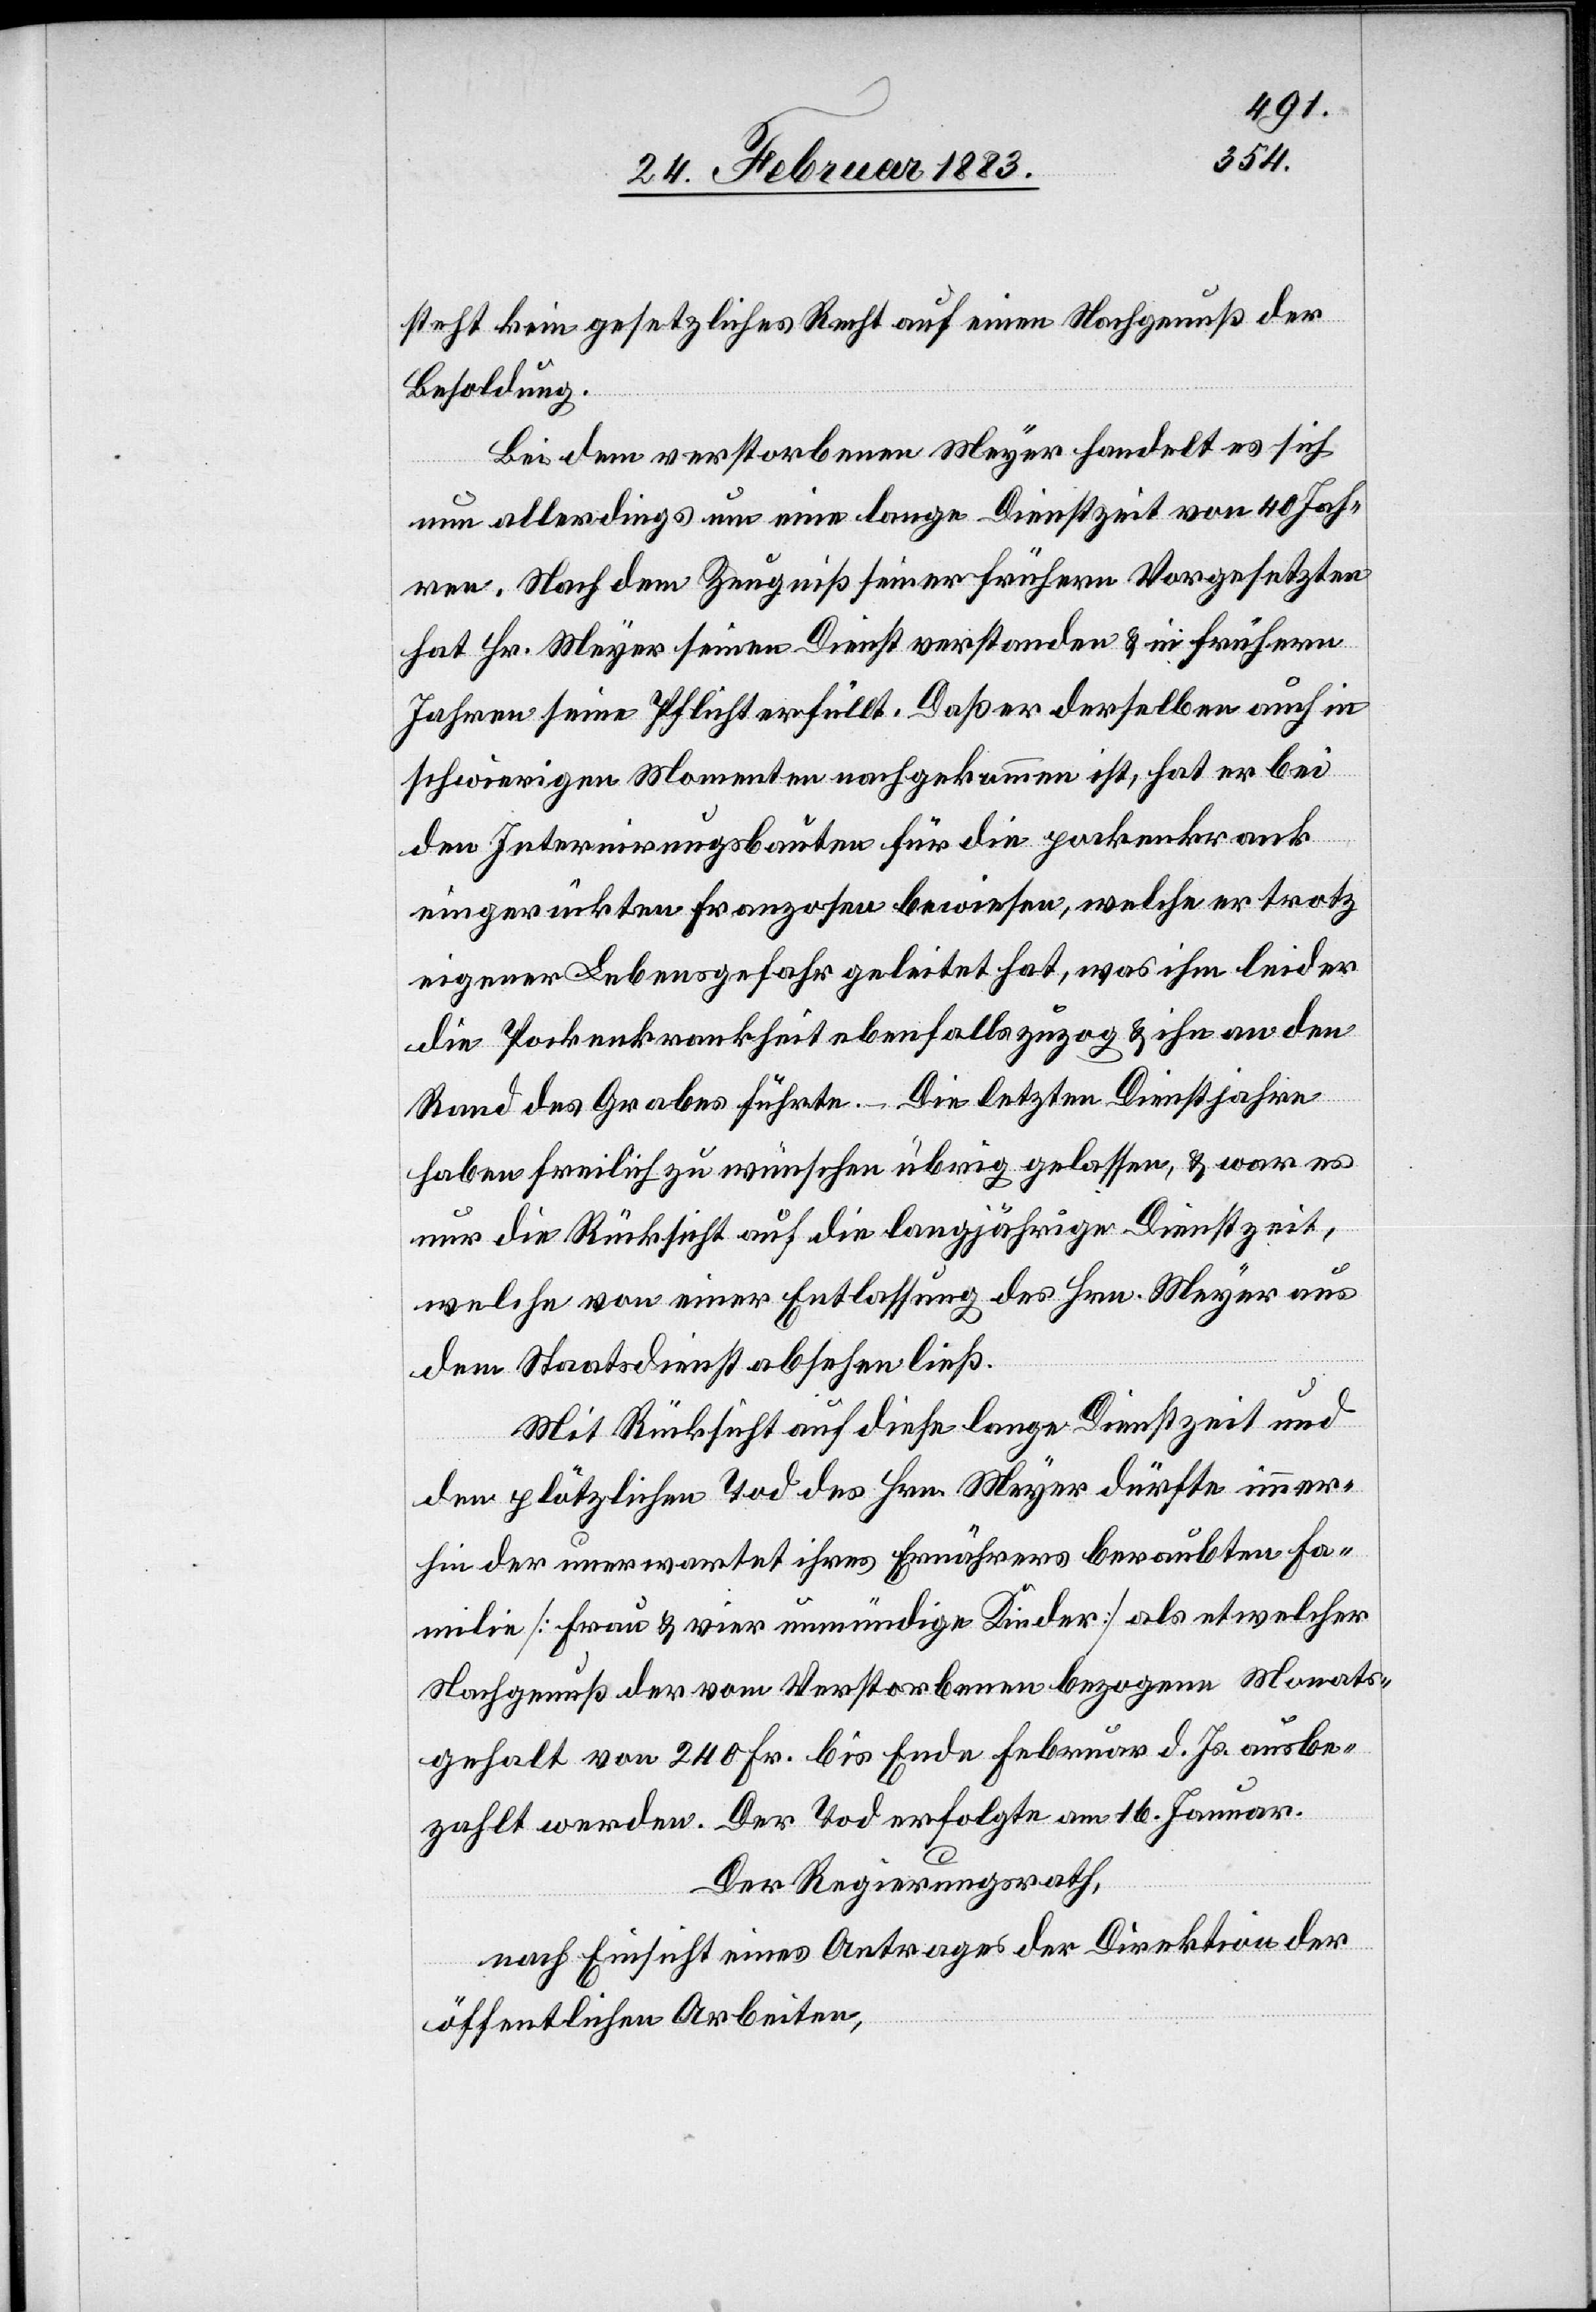
steht kein gesetzliches Recht auf einen Nachgenuß der
Besoldung.
Bei dem verstorbenen Meyer handelt es sich
nun allerdings um eine lange Dienstzeit von 40 Jah¬
ren. Nach dem Zeugniß seiner frühern Vorgesetzten
hat Hr. Meyer seinen Dienst verstanden & in frühern
Jahren seine Pflicht erfüllt. Daß er derselben auch in
schwierigen Momenten nachgekommen ist, hat er bei
den Internirungsbauten für die pockenkrank
eingerückten Franzosen bewiesen, welche er trotz
eigener Lebensgefahr geleitet hat, was ihm leider
die Pockenkrankheit ebenfalls zuzog & ihn an den
Rand des Grabes führte. – Die letzten Dienstjahre
haben freilich zu wünschen übrig gelassen, & war es
nur die Rücksicht auf die langjährige Dienstzeit,
welche von einer Entlassung des Hrn. Meyer aus
dem Staatsdienst absehen ließ.
Mit Rücksicht auf diese lange Dienstzeit und
den plötzlichen Tod des Hrn. Meyer dürfte immer¬
hin der unerwartet ihres Ernährers beraubten Fa¬
milie [Frau & vier unmündige Kinder] als etwelcher
Nachgenuß der vom Verstorbenen bezogene Monats¬
gehalt von 240 Fr. bis Ende Februar d. Js. ausbe¬
zahlt werden. Der Tod erfolgte am 16. Januar.
Der Regierungsrath,
nach Einsicht eines Antrages der Direktion der
öffentlichen Arbeiten,